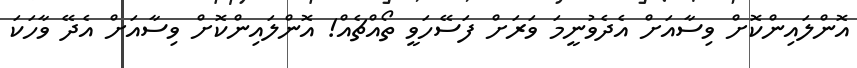
އޮންލައިންކޮށް ވިސާއަށް އެދެވުނީމަ ވަރަށް ފަސޭހަވީ ތޯއްޗެއް! އޮންލައިންކޮށް ވިސާއަށް އެދޭ ވާހަކަ